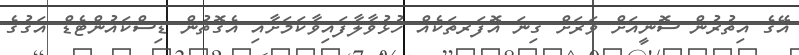
އޭގެ އިތުރުން ސޮނީއަށް ވަރަށް ގިނަ އޮފަރތަކެއް ހުޅުވާލާފައިވާކަމަށާއި އެގޮތުން ޑިސްކައުންޓެޑް އަގުގެ